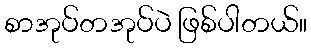
စာအုပ်တအုပ်ပဲ ဖြစ်ပါတယ်။